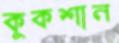
কুকশান